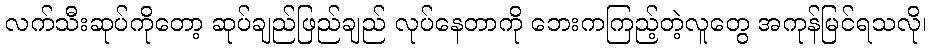
လက်သီးဆုပ်ကိုတော့ ဆုပ်ချည်ဖြည်ချည် လုပ်နေတာကို ဘေးကကြည့်တဲ့လူတွေ အကုန်မြင်ရသလို၊